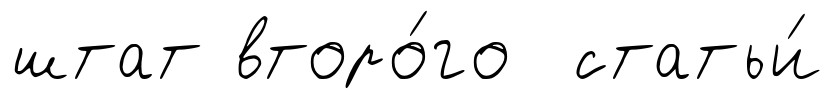
штат второ́го статьи́